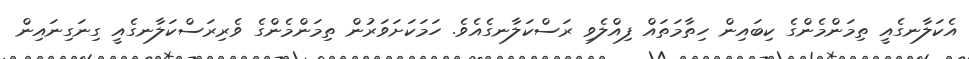
އެކަލާނގެއީ ތިމަންމެންގެ ކިބައިން ހިތާމަތައް ފިއްލެވި ރަސްކަލާނގެއެވެ. ހަމަކަށަވަރުން ތިމަންމެންގެ ވެރިރަސްކަލާނގެއީ ގިނަގިނައިން